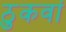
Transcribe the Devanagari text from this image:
ठुकवां